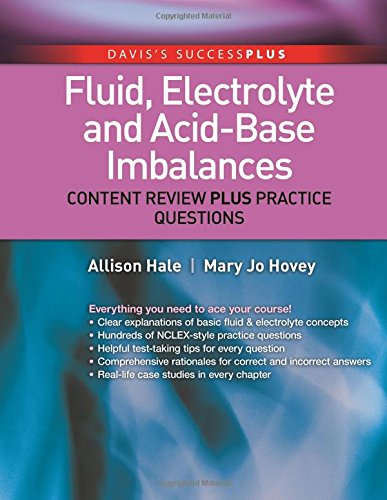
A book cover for Fluid, Electrolyte, and Acid-Base Imbalances: Content Review Plus Practice Questions (DavisPlus); Allison Hale MSN  BA  RN; Medical Books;